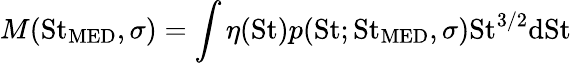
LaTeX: M(\mathrm{St}_{\mathrm{MED}},\sigma)=\int\eta(\mathrm{St})p(\mathrm{St};\mathrm{St}_{\mathrm{MED}},\sigma)\mathrm{St}^{3/2}\mathrm{dSt}